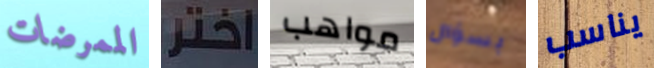
الممرضات اختر مواهب بسؤال يناسب